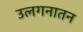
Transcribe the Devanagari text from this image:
उलगनातन